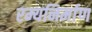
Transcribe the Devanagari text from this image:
रम्यनिर्माण